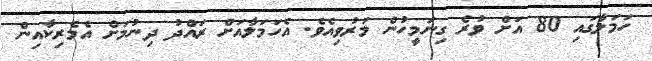
ހަމަލާގައި 80 އަށް ވުރެ ގިނަމީހުން މަރުވިއެވެ. އެހަމަލާއަށް ރައްދު ދިނުމަށް އެމެރިކާއިން